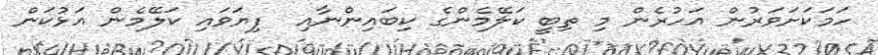
ހަމަކަށަވަރުން އަހުރެން މި ތިބީ ކަލޭމެންގެ ކިބައިންނާއި  ފިޔަވައި ކަލޭމެން އަޅުކަން